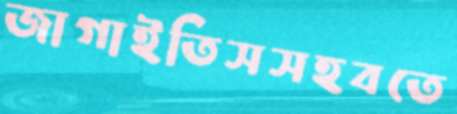
জাগাইতিসসহবতে